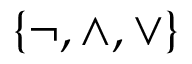
\{ \neg , \land , \lor \}